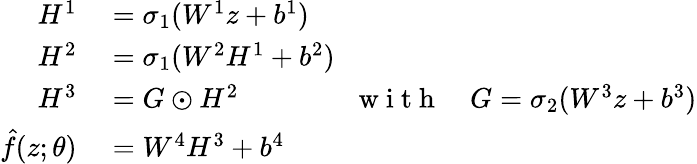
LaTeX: \begin{array}{rl}{H^{1}}&{{}=\sigma_{1}(W^{1}z+b^{1})}\\ {H^{2}}&{{}=\sigma_{1}(W^{2}H^{1}+b^{2})}\\ {H^{3}}&{{}=G\odot H^{2}\qquad\qquad\mathrm{~w~i~t~h~}\quad G=\sigma_{2}(W^{3}z+b^{3})}\\ {\hat{f}(z;{\theta})}&{{}=W^{4}H^{3}+b^{4}}\end{array}